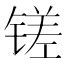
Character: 𫟿